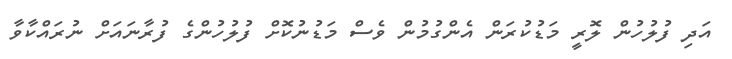
އަދި ފުލުހުން ލޮރީ މަޑުކުރަން އެންގުމުން ވެސް މަޑުނުކޮށް ފުލުހުންގެ ފުރާނައަށް ނުރައްކާވާ